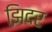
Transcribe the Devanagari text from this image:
झिदर